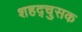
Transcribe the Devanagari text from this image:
शहद्चुसक